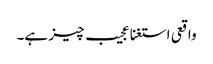
واقعی استغنا عجیب چیز ہے۔